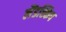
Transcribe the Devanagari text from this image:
लैंडस्किप